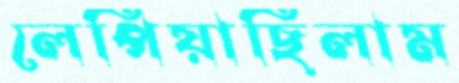
লেপিয়াছিলাম